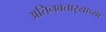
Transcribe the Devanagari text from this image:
अतिनवताऱ्याच्या